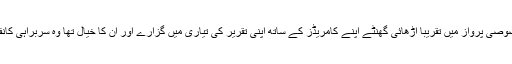
وزیراعظم نوازشریف نے خصوصی پرواز میں تقریباً اڑھائی گھنٹے اپنے کامریڈز کے ساتھ اپنی تقریر کی تیاری میں گزارے اور ان کا خیال تھا وہ سربراہی کانفرنس میں یہ تقریر کریں گے۔